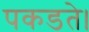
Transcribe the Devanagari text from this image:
पकडते।